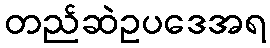
တည်ဆဲဥပဒေအရ